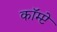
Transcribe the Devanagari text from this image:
कॉम्प्टे